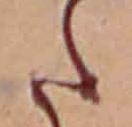
た